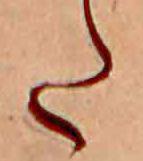
た